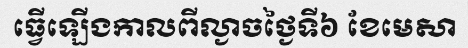
ធ្វើឡើងកាលពីល្ងាចថ្ងៃទី៦ ខែមេសា